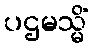
ပဌမသ္မိံ